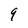
Character: q